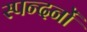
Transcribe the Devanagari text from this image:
स्पन्दनों